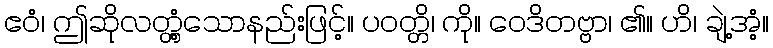
ဧဝံ၊ ဤဆိုလတ္တံ့သောနည်းဖြင့်။ ပဝတ္တိ၊ ကို။ ဝေဒိတဗ္ဗာ၊ ၏။ ဟိ၊ ချဲ့အံ့။